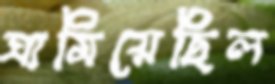
ঘামিয়েছিল